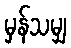
မှန်သမျှ